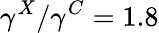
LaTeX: \gamma^{X}/\gamma^{C}=1.8